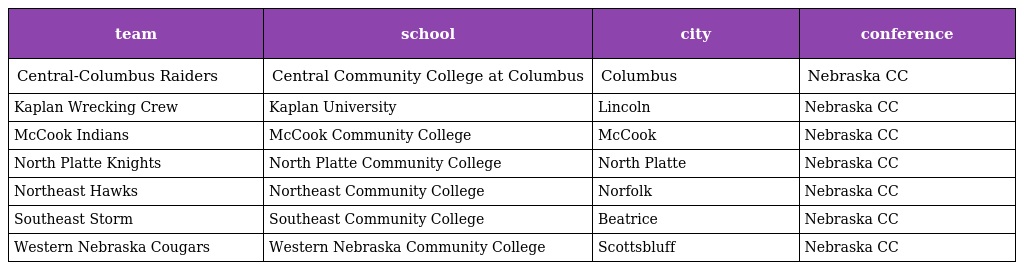
| team | school | city | conference |
 | --- | --- | --- | --- |
 | Central-Columbus Raiders | Central Community College at Columbus | Columbus | Nebraska CC |
 | Kaplan Wrecking Crew | Kaplan University | Lincoln | Nebraska CC |
 | McCook Indians | McCook Community College | McCook | Nebraska CC |
 | North Platte Knights | North Platte Community College | North Platte | Nebraska CC |
 | Northeast Hawks | Northeast Community College | Norfolk | Nebraska CC |
 | Southeast Storm | Southeast Community College | Beatrice | Nebraska CC |
 | Western Nebraska Cougars | Western Nebraska Community College | Scottsbluff | Nebraska CC |